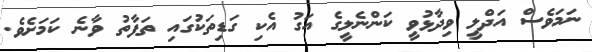
ނަމަވެސް އަދްލީ ވިދާޅުވީ ކަންނެލީގެ އަގު އެކި ގަޑިތަކުގައި ތަފާތު ވާނެ ކަމަށެވެ.